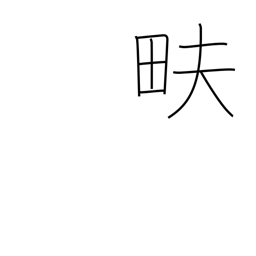
Meaning: till